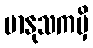
မာနုသကမှိ